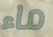
ماء